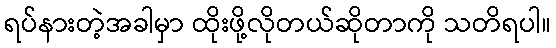
ရပ်နားတဲ့အခါမှာ ထိုးဖို့လိုတယ်ဆိုတာကို သတိရပါ။